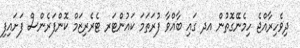
ދިވެހިރާއްޖެ ހިމެނޭގޮތުން އދ ގައި ބާއްވާ ފުރަތަމަ ކައުންޓަރ ޓެރެރިޒަމް ކޮންފަރެންސް ފަށައިފި